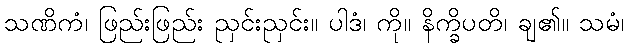
သဏိကံ၊ ဖြည်းဖြည်း ညှင်းညှင်း။ ပါဒံ၊ ကို။ နိက္ခိပတိ၊ ချ၏။ သမံ၊